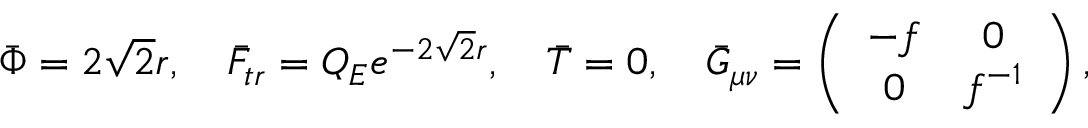
\bar { \Phi } = 2 \sqrt 2 r , ~ ~ ~ \bar { F } _ { t r } = Q _ { E } e ^ { - 2 \sqrt 2 r } , ~ ~ ~ \bar { T } = 0 , { } ~ ~ ~ \bar { G } _ { \mu \nu } = \left( \begin{array} { c c } { { - f } } & { { 0 } } \\ { { 0 } } & { { f ^ { - 1 } } } \end{array} \right) ,